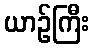
ယာဉ်ကြီး